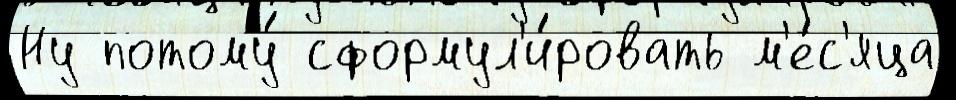
Ну потому́ сформул'и́ровать м'е́с'яца